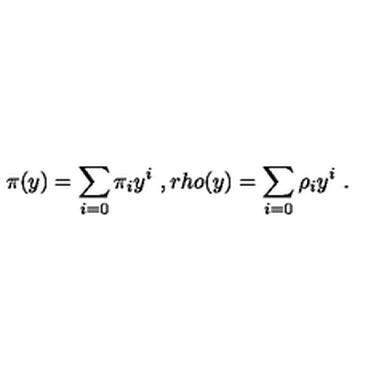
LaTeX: \pi ( y ) = \sum _ { i = 0 } ^ { } { \pi } _ { i } y ^ { i } \ , r h o ( y ) = \sum _ { i = 0 } ^ { } { \rho } _ { i } y ^ { i } \ .